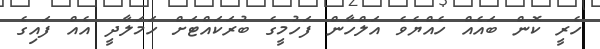
ހެރީ ކޮން ބައެއް ހެއްޔެވެ އަލްހާން ފަހުމީގެ ބުރަކައްޓަށް ހަމަލާދީ އެއް ފައިގެ